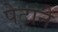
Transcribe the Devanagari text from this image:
पेटाने